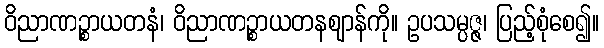
ဝိညာဏဉ္စာယတနံ၊ ဝိညာဏဉ္စာယတနဈာန်ကို။ ဥပသမ္ပဇ္ဇ၊ ပြည့်စုံစေ၍။